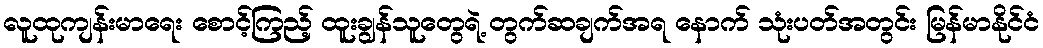
လူထုကျန်းမာရေး စောင့်ကြည့် ထူးချွန်သူတွေရဲ့ တွက်ဆချက်အရ နောက် သုံးပတ်အတွင်း မြန်မာနိုင်ငံ